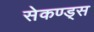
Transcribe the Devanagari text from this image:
सेकण्ड्स